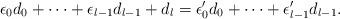
LaTeX: \begin{align*} \epsilon_0d_0+\dots+\epsilon_{l-1}d_{l-1}+d_l =\epsilon'_0d_0+\dots+\epsilon'_{l-1}d_{l-1}. \end{align*}